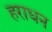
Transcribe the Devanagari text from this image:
हराधन